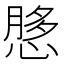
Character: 𫺲